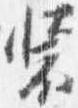
装